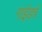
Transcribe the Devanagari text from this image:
गाईडचे